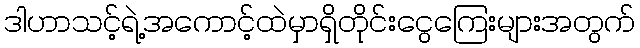
ဒါဟာသင့်ရဲ့အကောင့်ထဲမှာရှိတိုင်းငွေကြေးများအတွက်